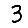
Digit: 3